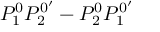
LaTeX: P _ { 1 } ^ { 0 } P _ { 2 } ^ { 0 ^ { \prime } } - P _ { 2 } ^ { 0 } P _ { 1 } ^ { 0 ^ { \prime } }